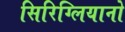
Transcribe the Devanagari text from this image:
सिरिग्लियानो